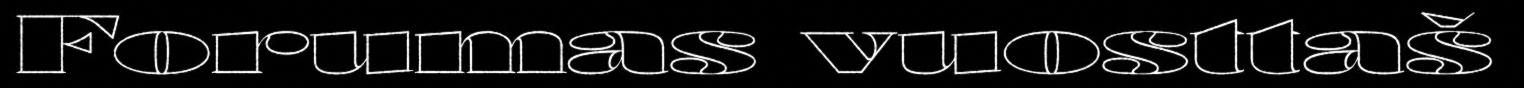
Forumas vuosttaš